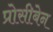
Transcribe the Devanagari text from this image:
प्रोसीबेन